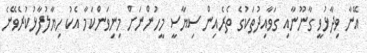
އޭނާ ވިދާޅުވީ ގާނޫނާއި ގަވާއިދުތަކުގެ ތެރެއިން ސިޔާސީ މީހުންނަށް މިނިވަންކަމާ އެކު ހިޔާލުފާޅުކުރެވޭނެ